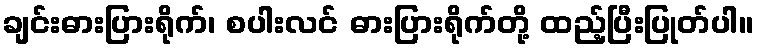
ချင်းဓားပြားရိုက်၊ စပါးလင် ဓားပြားရိုက်တို့ ထည့်ပြီးပြုတ်ပါ။